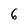
Character: 6